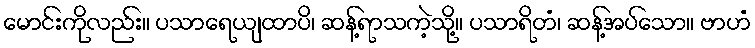
မောင်းကိုလည်း။ ပသာရေယျထာပိ၊ ဆန့်ရာသကဲ့သို့။ ပသာရိတံ၊ ဆန့်အပ်သော။ ဗာဟံ